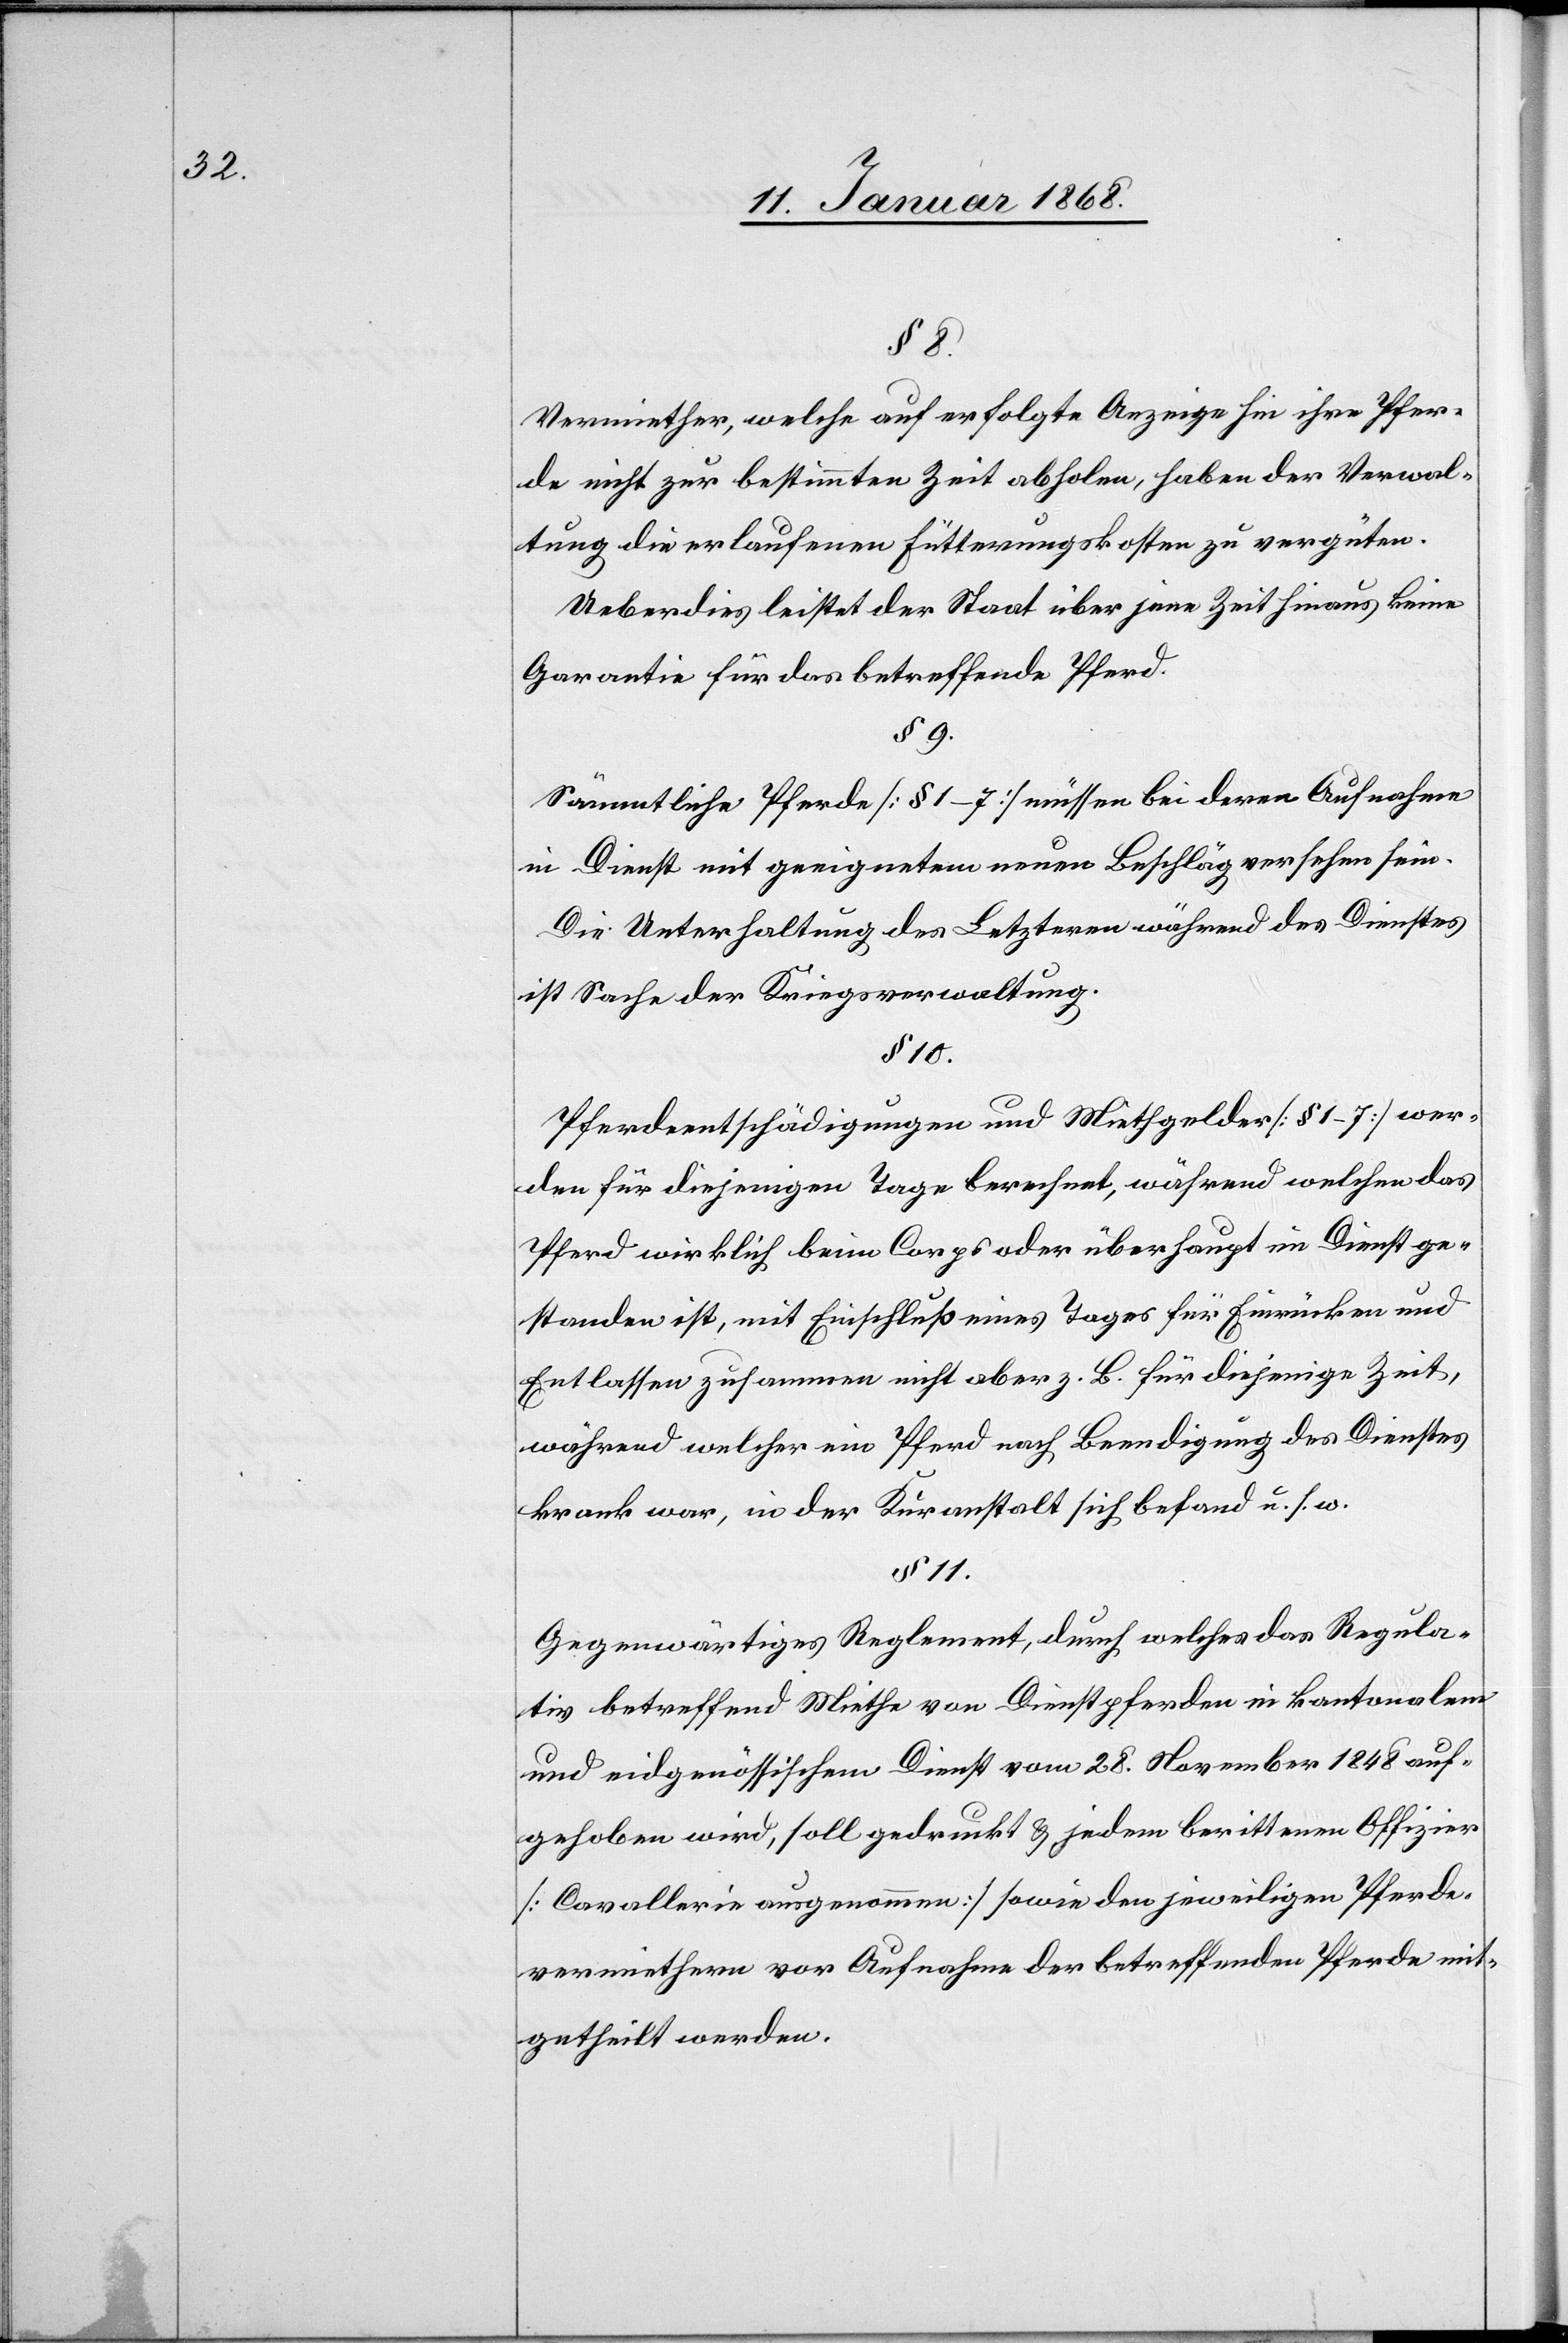
§ 8.
Vermiether, welche auf erfolgte Anzeige hin ihre Pfer¬
de nicht zur bestimmten Zeit abholen, haben der Verwal¬
tung die erlaufenen Fütterungskosten zu vergüten.
Ueberdies leistet der Staat über jene Zeit hinaus keine
Garantie für das betreffende Pferd.
§ 9.
Sämmtliche Pferde [§ 1–7] müssen bei deren Aufnahme
in Dienst mit geeignetem neuen Beschläg versehen sein.
Die Unterhaltung des Letzteren während des Dienstes
ist Sache der Kriegsverwaltung.
§ 11.
Pferdeentschädigungen und Miethgelder [§ 1–7] wer¬
den für diejenigen Tage berechnet, während welchen das
Pferd wirklich beim Corps oder überhaupt im Dienst ge¬
standen ist, mit Einschluß eines Tages für Einrücken und
Entlassen zusammen nicht aber z. B. für diejenige Zeit,
während welcher ein Pferd nach Beendigung des Dienstes
krank war, in der Kuranstalt sich befand u. s. w.
Gegenwärtiges Reglement, durch welches das Regula¬
tiv betreffend Miethe von Dienstpferden in kantonalem
und eidgenössischem Dienst vom 28. November 1848 auf¬
gehoben wird, soll gedruckt & jedem berittenen Offizier
[Cavallerie ausgenommen] sowie den jeweiligen Pferde¬
vermiethern vor Aufnahme der betreffenden Pferde mit¬
getheilt werden.